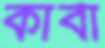
কার্বা